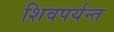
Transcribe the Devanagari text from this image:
शिवपर्यन्त